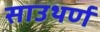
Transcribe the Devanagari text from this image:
साउथर्ण